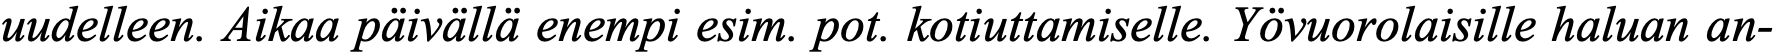
uudelleen. Aikaa päivällä enempi esim. pot. kotiuttamiselle. Yövuorolaisille haluan an-